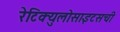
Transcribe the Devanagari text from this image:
रेटिक्युलोसाइटसची